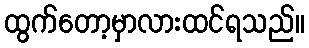
ထွက်တော့မှာလားထင်ရသည်။